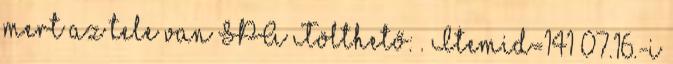
mert az tele van SPA Tölthető: . Itemid=141 07.16.-i